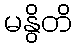
မနွိတိ